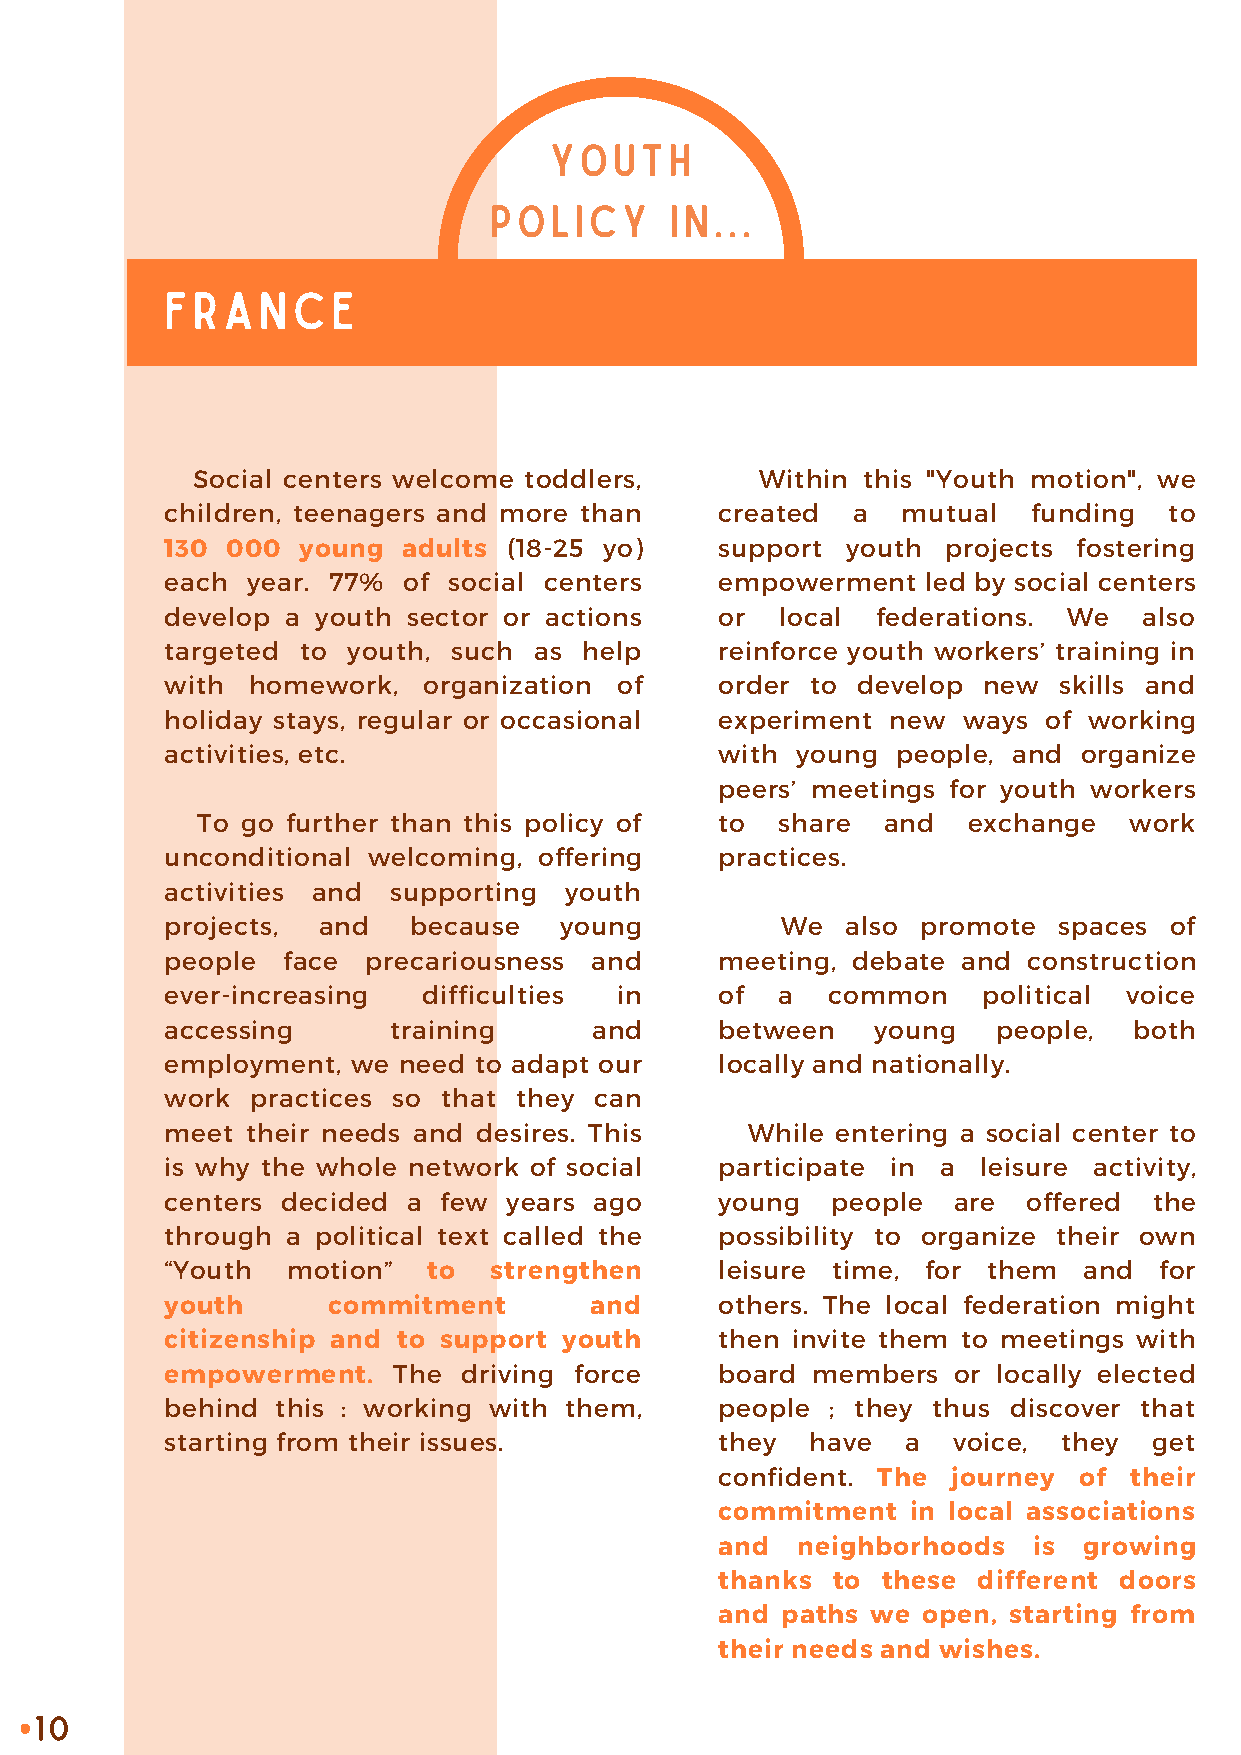
YOUTH
 POLICY      IN...
 FRANCE
 Social centers welcome toddlers,     Within this "Youth motion", we
 children, teenagers and more than    created a   mutual  funding  to
 130 000  young  adults (18-25 yo)    support youth  projects fostering
 each year. 77%  of social centers    empowerment  led by social centers
 develop a youth sector or actions    or  local federations. We   also
 targeted to youth, such as  help     reinforce youth workers’ training in
 with homework,   organization of     order to develop new  skills and
 holiday stays, regular or occasional experiment new  ways of working
 activities, etc.                     with young people, and  organize
 peers’ meetings for youth workers
 To go further than this policy of  to  share and   exchange   work
 unconditional welcoming, offering    practices.
 activities and supporting youth
 projects, and   because   young          We  also promote  spaces of
 people  face precariousness and      meeting, debate and construction
 ever-increasing  difficulties in     of  a  common    political voice
 accessing      training     and      between   young   people,  both
 employment, we need to adapt our     locally and nationally.
 work  practices so that they can
 meet their needs and desires. This     While entering a social center to
 is why the whole network of social   participate in a leisure activity,
 centers decided a few  years ago     young  people  are  offered the
 through a political text called the  possibility to organize their own
 “Youth  motion”  to  strengthen      leisure time, for them  and  for
 youth      commitment       and      others. The local federation might
 citizenship and to support youth     then invite them to meetings with
 empowerment.   The  driving force    board members  or locally elected
 behind this : working with them,     people ; they thus discover that
 starting from their issues.          they  have  a  voice, they  get
 confident. The journey of  their
 commitment  in local associations
 and  neighborhoods  is  growing
 thanks to these  different doors
 and paths we open, starting from
 their needs and wishes.
 10
 •